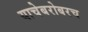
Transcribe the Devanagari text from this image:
याचेबरोबरच